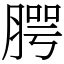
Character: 腭